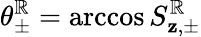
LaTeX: \theta_{\pm}^{\mathbb{R}}=\operatorname{arccos}S_{\mathbf{z},\pm}^{\mathbb{R}}